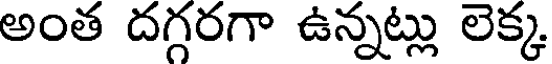
అంత దగ్గరగా ఉన్నట్లు లెక్క